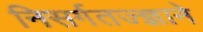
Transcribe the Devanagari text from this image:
निसर्गतज्‍ज्ञाने